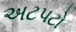
અટપટો